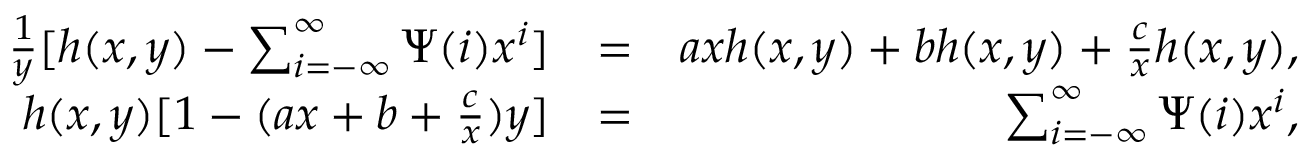
\begin{array} { r l r } { \frac { 1 } { y } [ h ( x , y ) - \sum _ { i = - \infty } ^ { \infty } \Psi ( i ) x ^ { i } ] } & { = } & { a x h ( x , y ) + b h ( x , y ) + \frac { c } { x } h ( x , y ) , } \\ { h ( x , y ) [ 1 - ( a x + b + \frac { c } { x } ) y ] } & { = } & { \sum _ { i = - \infty } ^ { \infty } \Psi ( i ) x ^ { i } , } \end{array}